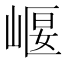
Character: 𡹶